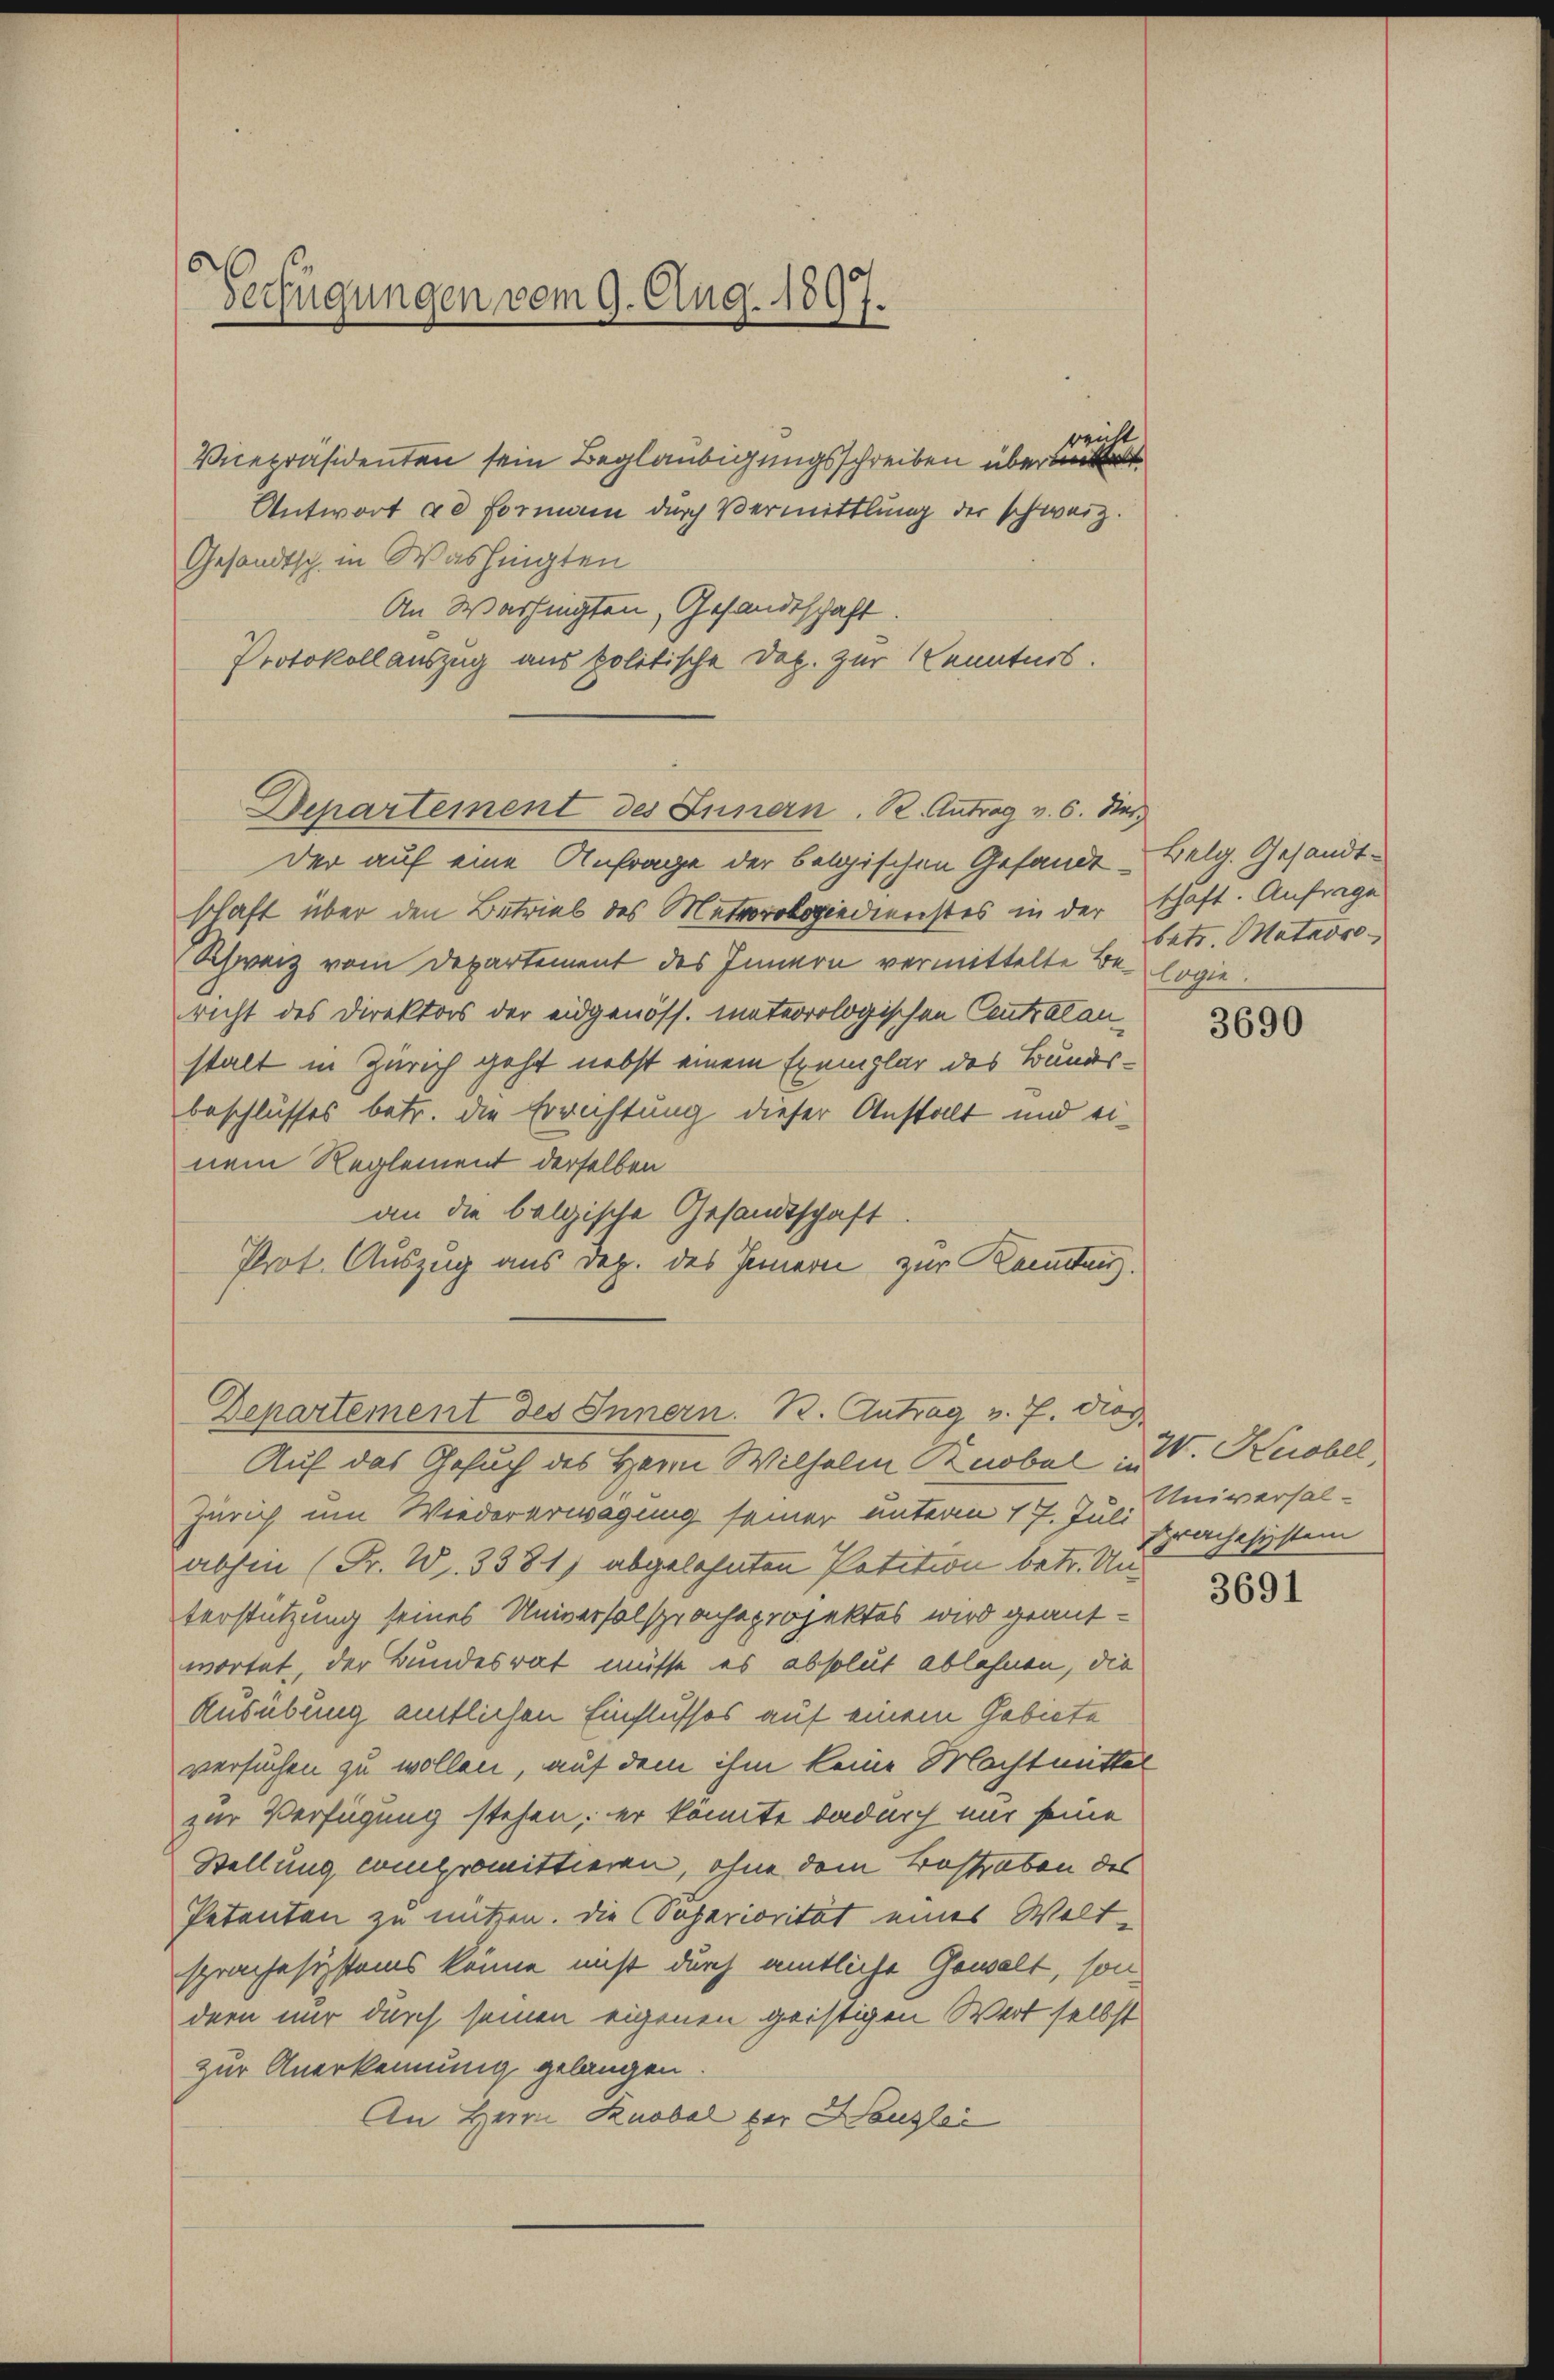
Verfügungen vom 9. Aug. 1897.
.

Vicepräsidenten sein Beglaubigungsschreiben übert
Antwort ad Formann durch Vermittlung der schweiz.
Gesandtsch in Washingten
An Washingten, Gesandtschaft.
Protokoll auszug aus politische Dop. zur Kenntnis.

der auf eine Anfrage der belgischen Gesandt - Belg. Gesandtschaft über den Betrieb des Meteorologiedienstes in der schaft. Anfrage
Schweiz vom Departement des Innern vermittelte Be-logie
richt des Direktors der eidgenöss. mateorologischen Centralan
stalt in Zürich geht nebst einem Exemplar des Bundesbeschlusses betr. die Errichtung dieser Anstalt und einem Reglement derselben
an die belgische Gesandtschaft
Prot. Auszug aus Dep. des Innern zur Kenntenz.

reicht

Departement des Innern. R. Antrag v. 6. Nov.

Departement des Innern. B. Antrag v. J. dies

betr. Matarre

Auf das Gesuch des Herrn Wilhelm Bnobel u. Knobel,
Zürich um Wiedererwägung seiner unterm 17. Juli prachesystem
abhin (Fr. W. 3381) abgelehnten Petition betr. Unterstützung seines Universalspracheprojektes wird geant-
wortet, der Bundesrat müsse es absolut ablehnen, die
Ausübung amtlichen Einflusses auf einem Gebiete
versuchen zu wollen, auf dem ihm keine Machtmittel
zur Verfügung stehen; er könnte dadurch nur seine
Stellung compromittieren, ohne dem Bestraben des
Petenten zu nützen. Die Superiorität eines Welt-
sprachesizstems könne nicht durch amtliche Gewalt, sondern nur durch seinen eigenen geistigen Wert selbst
zur Anerkennung gelangen.
An Herrn Knobel der Hauslei

3690

Universal-

3691